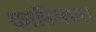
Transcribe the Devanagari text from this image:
काॅलेजच्या